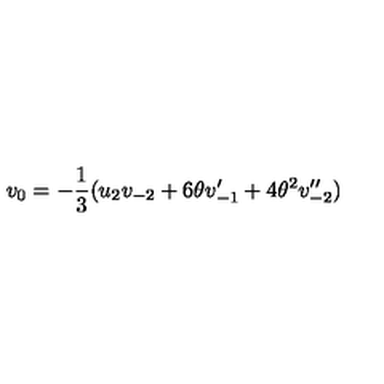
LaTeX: v _ { { 0 } } = - \frac { 1 } { 3 } ( u _ { 2 } v _ { - 2 } + 6 \theta v _ { - 1 } ^ { \prime } + 4 { \theta } ^ { 2 } v _ { - 2 } ^ { \prime \prime } )